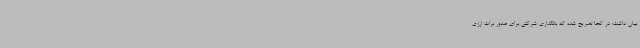
بیان داشت: در کجا تصریح شده که بانکداری شرکتی برای صدور برات ارزی